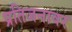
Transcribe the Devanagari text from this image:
प्रतिजनावर